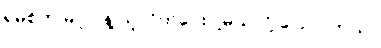
ရှမစ်က မပူပါနဲ့ သူလိုက်ပေးပါ့မယ်လို့ ပြောပါတယ်။